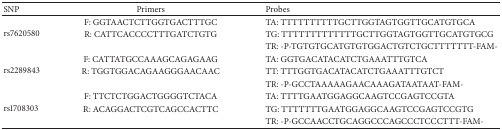
<table><thead><tr><td><b>SNP</b></td><td><b>Primers</b></td><td><b>Probes</b></td></tr></thead><tbody><tr><td rowspan="3">rs7620580</td><td>F: GGTAACTCTTGGTGACTTTGC</td><td>TA: TTTTTTTTTTGCTTGGTAGTGGTTGCATGTGCA</td></tr><tr><td>R: CATTCACCCCTTTGATCTGTG</td><td>TG: TTTTTTTTTTTTTGCTTGGTAGTGGTTGCATGTGCG</td></tr><tr><td> </td><td>TR: -P-TGTGTGCATGTGTGGACTGTCTGCTTTTTTT-FAM-</td></tr><tr><td rowspan="3">rs2289843</td><td>F: CATTATGCCAAAGCAGAGAAG</td><td>TA: GGTGACATACATCTGAAATTTGTCA</td></tr><tr><td>R: TGGTGGACAGAAGGGAACAAC</td><td>TT: TTTGGTGACATACATCTGAAATTTGTCT</td></tr><tr><td> </td><td>TR: -P-GCCTAAAAAGAACAAAGATAATAAT-FAM-</td></tr><tr><td rowspan="3">rs1708303</td><td>F: TTCTCTGGACTGGGGTCTACA</td><td>TA: TTTTGAATGGAGGCAAGTCCGAGTCCGTA</td></tr><tr><td>R: ACAGGACTCGTCAGCCACTTC</td><td>TG: TTTTTTTGAATGGAGGCAAGTCCGAGTCCGTG</td></tr><tr><td> </td><td>TR: -P-GCCAACCTGCAGGCCCAGCCCTCCCTTT-FAM-</td></tr></tbody></table>